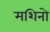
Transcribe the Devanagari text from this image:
मशिनो